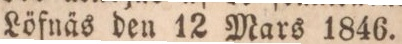
Löfnäs den 12 Mars 1846.